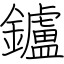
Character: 鑪